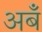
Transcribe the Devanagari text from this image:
अबँ